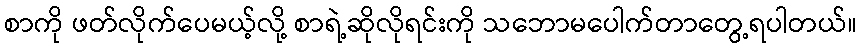
စာကို ဖတ်လိုက်ပေမယ့်လို့ စာရဲ့ဆိုလိုရင်းကို သဘောမပေါက်တာတွေ့ရပါတယ်။